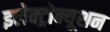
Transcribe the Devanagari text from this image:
इलेक्ट्रोक्यूशन